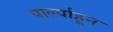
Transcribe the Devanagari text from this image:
पार्ल्याहून